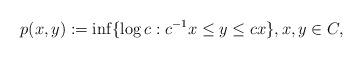
LaTeX: \begin{align*}p(x,y):={\rm inf}\{\log c: c^{-1}x\leq y\leq cx\},x,y\in C,\end{align*}